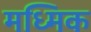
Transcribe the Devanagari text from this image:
मध्मिक